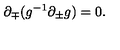
{ \partial } _ { \mp } ( g ^ { - 1 } { \partial } _ { \pm } g ) = 0 .